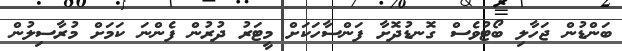
ބަންޑުން ޖަހާލި ބޯޓުވެސް ގޮނޑުދޮށާ ފަންސާހަކަށް މީޓަރު ދުރުން ފެންނަ ކަމަށް މުރާސިލުން